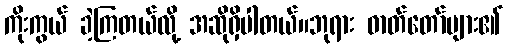
ကိုးကွယ် ခဲ့ကြတယ်လို့ အဆိုရှိပါတယ်။ဘုရား ဓာတ်တော်များ၏